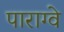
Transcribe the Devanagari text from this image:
पाराग्वे